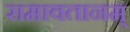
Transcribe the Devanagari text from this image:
रामावतानम्‌